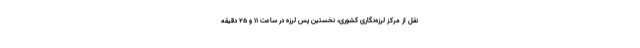
نقل از مرکز لرزه‌نگاری کشوری، نخستین پس‌ لرزه در ساعت ۱۱ و ۲۵ دقیقه